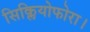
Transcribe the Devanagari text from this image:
सिक्लियोफोरा।